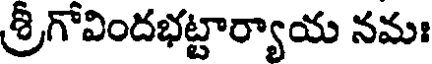
శ్రీగోవిందభట్టార్యాయ నమః